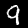
Digit: 9